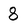
Character: 8